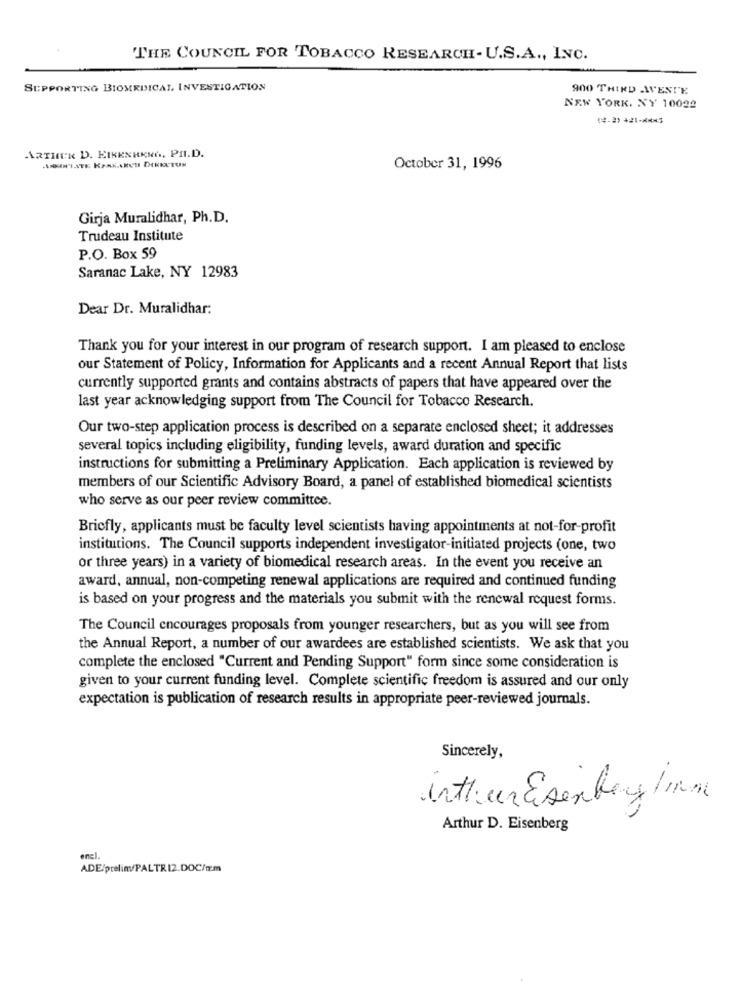
THE COUNCIL FOR TOBACCO RESEARCH- U.S.A ., INC.
SUPPORTING BIOMEDICAL INVESTIGATION
900 THIRD AVENTE
NEW YORK. XY 10022
ARTHER D. EIKENHENG, PI.D.
October 31, 1996
Girja Muralidhar, Ph.D.
Trudeau Institute
P.O. Box 59
Saranac Lake, NY 12983
Dear Dr. Muralidhar:
Thank you for your interest in our program of research support. I am pleased to enclose
our Statement of Policy, Information for Applicants and a recent Annual Report that lists
currently supported grants and contains abstracts of papers that have appeared over the
last year acknowledging support from The Council for Tobacco Research.
Our two-step application process is described on a separate enclosed sheet; it addresses
several topics including eligibility, funding levels, award duration and specific
instructions for submitting a Preliminary Application. Each application is reviewed by
members of our Scientific Advisory Board, a panel of established biomedical scientists
who serve as our peer review committee.
Bricfly, applicants must be faculty level scientists having appointments at not-for-profit
institutions. The Council supports independent investigator-initiated projects (one, two
or three years) in a variety of biomedical research areas. In the event you receive an
award, annual, non-competing renewal applications are required and continued funding
is based on your progress and the materials you submit with the renewal request forms.
The Council encourages proposals from younger researchers, but as you will see from
the Annual Report, a number of our awardees are established scientists. We ask that you
complete the enclosed "Current and Pending Support" form since some consideration is
given to your current funding level. Complete scientific freedom is assured and our only
expectation is publication of research results in appropriate peer-reviewed journals.
Sincerely,
intheun Esenberg 1mm
Arthur D. Eisenberg
enel.
ADE:prelin/PALTR 12.DOC/m.m